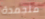
متجمدة